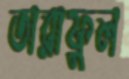
তারাফুল